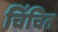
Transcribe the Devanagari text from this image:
चिंचित